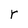
Character: r